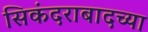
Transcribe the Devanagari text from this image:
सिकंदराबादच्या